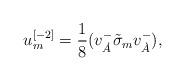
LaTeX: \begin{align*}u^{{ [-2]}}_{{ m}} = {{ 1}\over { 8}} (v^{{-}}_{\dot A}\tilde{\sigma} _{{m}}v^{{-}}_{{\dot A}}) ,\end{align*}